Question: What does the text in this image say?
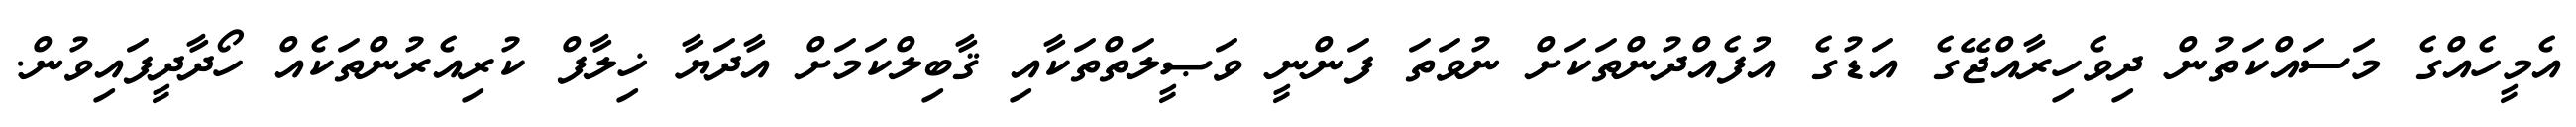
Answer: އެމީހެއްގެ މަސައްކަތުން ދިވެހިރާއްޖޭގެ އަޑުގެ އުފެއްދުންތަކަށް ނުވަތަ ފަންނީ ވަޞީލަތްތަކާއި ޤާބިލްކަމަށް އާދަޔާ ޚިލާފް ކުރިއެރުންތަކެއް ހޯދާދީފައިވުން.